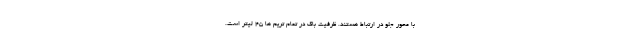
با محور جلو در ارتباط هستند. ظرفیت باک در تمام تریم ها 45 لیتر است.